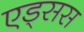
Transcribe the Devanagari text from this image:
एड्सस